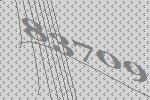
83709